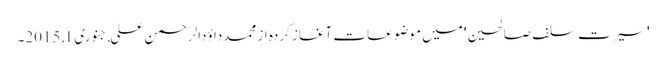
'سیرت سلف صالحین' میں موضوعات آغاز کردہ از محمدداؤدالرحمن علی, ‏جنوری 1, 2015۔